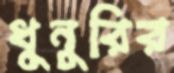
ধুনুরির